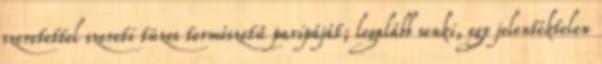
szeretettel szereti tüzes természetű paripáját; legalább senki, egy jelentéktelen